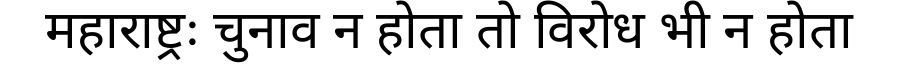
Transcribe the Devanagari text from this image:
महाराष्ट्रः चुनाव न होता तो विरोध भी न होता